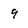
Character: 9